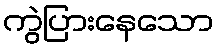
ကွဲပြားနေသော